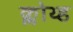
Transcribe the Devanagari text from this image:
क्लोथ्ड